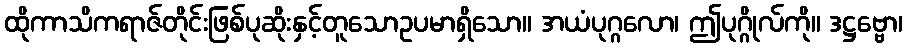
ထိုကာသိကရာဇ်တိုင်းဖြစ်ပုဆိုးနှင့်တူသောဥပမာရှိသော။ အယံပုဂ္ဂလော၊ ဤပုဂ္ဂိုလ်ကို။ ဒဋ္ဌဗ္ဗော၊